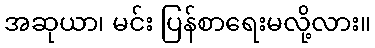
အဆုယာ၊ မင်း ပြန်စာရေးမလို့လား။